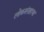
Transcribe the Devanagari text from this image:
लोकसंग्रहाचा